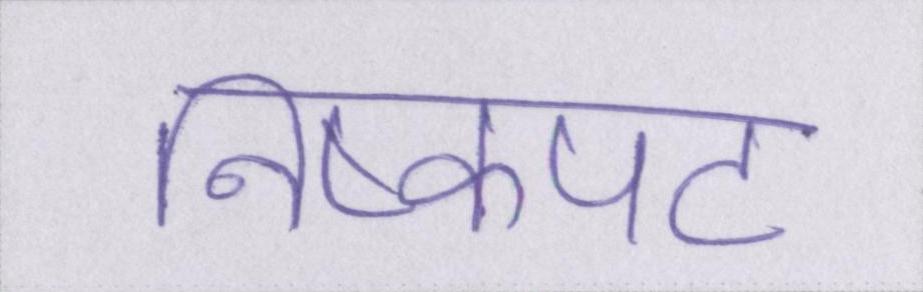
निष्कपट